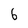
Character: 6